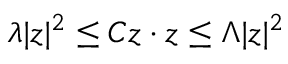
\lambda | z | ^ { 2 } \leq C z \cdot z \leq \Lambda | z | ^ { 2 }